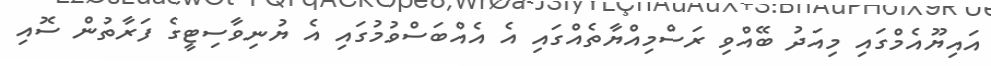
އައިޔޫއެމްގައި މިއަދު ބޭއްވި ރަސްމިއްޔާތެއްގައި އެ އެއްބަސްވުމުގައި އެ ޔުނިވާސިޓީގެ ފަރާތުން ސޮއި